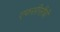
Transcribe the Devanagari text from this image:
एफसीसीबी